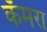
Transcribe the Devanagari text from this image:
कॅमरा